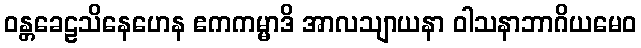
ဝန္တခေဠသိနေဟေန ဧကကမ္မာဒိ အာလသျာယနာ ဝါသနာဘာဂိယမေဝ